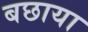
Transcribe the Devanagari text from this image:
बछाया